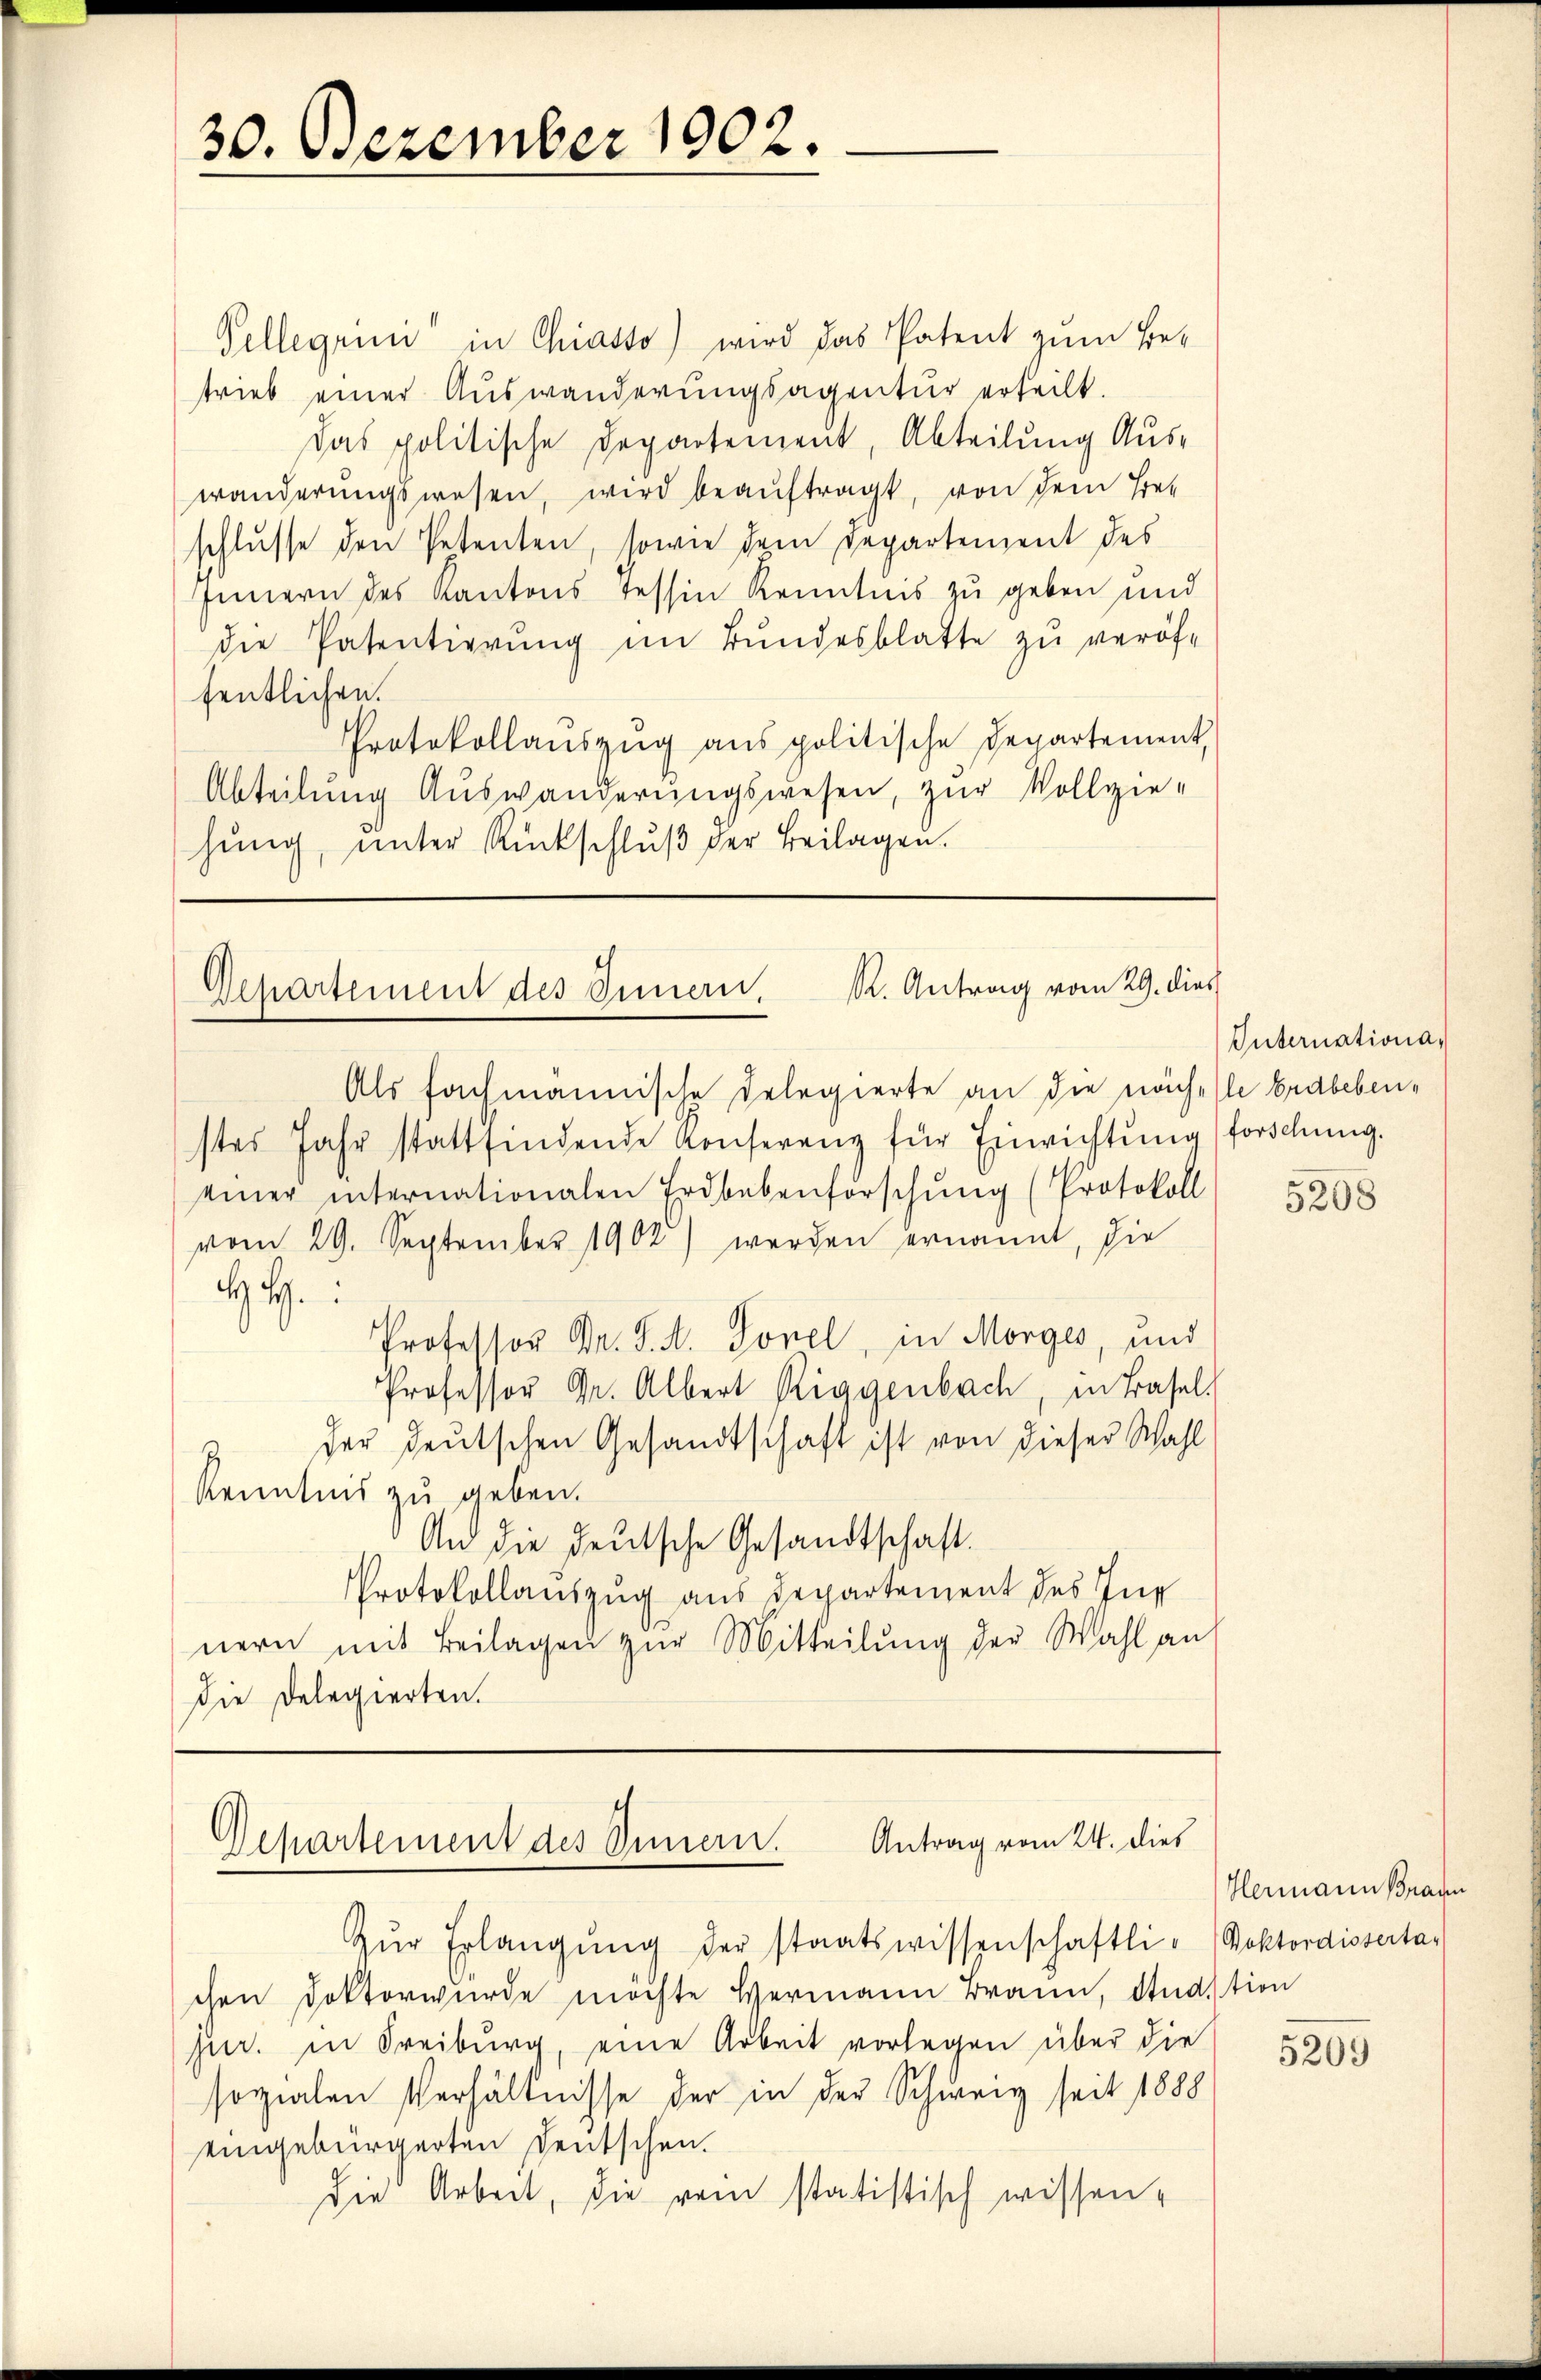
30. Dezember 1902.

Vellegiini in Chiasso) wird das Patent zum Betrieb einer Auswanderungsagentur erteilt.
Das politische Departement, Abteilung Auswanderŭngswesen, wird beaŭftragt, von dem Her
schlusse den Petenten, sowie dem Departement des
Innern des Kantons tessin Kenntnis zu geben und
die Patentierung im Bundesblatte zu veröffentlichen.
Protokollaŭszŭg ans politische Departement,
Abteilung Auswanderungswesen, zur Vollzie-
hŭng ŭnter Rückschlŭβ der Beilagen.

Gepartement des Innern. R. Antrag vom 29. dies

Antrag vom 24. dies
Departement des Sinnern.

Zŭr Erlangŭng der staatswissenschaftli-
chen Doktorwurde möchte Hermann Brann, Studition
jur. in Freiburg, eine Arbeit vorlegen über die
sozialen Verhältnisse der in der Schweiz seit 1888
eingebürgerten Deutschen.
die Arbeit, die vom statistisch wissen-

Als fachmännische Delegierte an die nach (le Erdbebenstes Jahr stattfindende Konferenz für Einrichtung (forschung.
einer internationalen Erdbebenforschung (Protokoll
vom 29. September 1902) werden ernannt, die
HH.
Professor Dr. S. A. Sonel, in Morges, und
Professor Gr. Albert Riggenbach, in Basel-
der deutschen Gesandtschaft ist von dieser Wahl
Kenntnis zu geben.
An die deutsche Gesandtschaft.
Protokollauszug aus Departement des Innern mit Beilagen zŭr Mitteilŭng der Wahl an
Die Delegierten.

Internationa,

5208

Hermann Brauen
Doktordisserta¬

5209